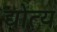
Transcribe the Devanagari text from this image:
द्योत्य